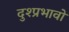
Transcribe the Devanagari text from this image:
दुश्प्रभावों